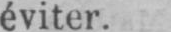
éviter.